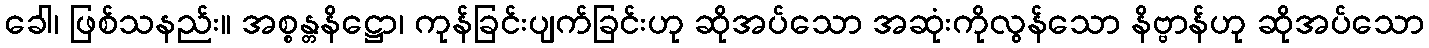
ခေါ၊ ဖြစ်သနည်း။ အစ္စန္တနိဋ္ဌော၊ ကုန်ခြင်းပျက်ခြင်းဟု ဆိုအပ်သော အဆုံးကိုလွန်သော နိဗ္ဗာန်ဟု ဆိုအပ်သော